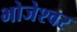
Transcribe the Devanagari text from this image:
भोजेश्‍वर